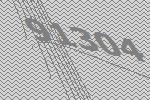
91304